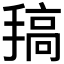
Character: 𢲤